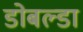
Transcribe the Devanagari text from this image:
डोबल्डा